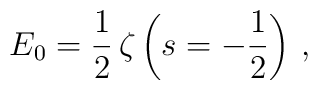
E_0=\frac{1}{2}\, \zeta\left(s=-\frac{1}{2}\right)\,,